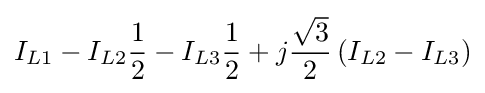
I_{L1}-I_{L2}{\frac {1}{2}}-I_{L3}{\frac {1}{2}}+j{\frac {\sqrt {3}}{2}}\left(I_{L2}-I_{L3}\right)